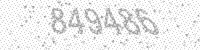
Solution: 849486